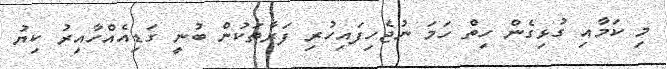
މި ކަމާއި ގުޅިގެން ހިތް ހަމަ ނުޖެހިފައިހުރި ފަރާތަކުން ބުނީ ގަޑިއެއްހާއިރު ކިޔު